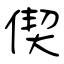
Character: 偰